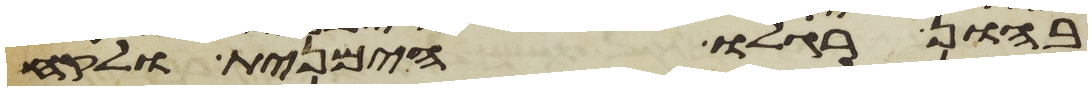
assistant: בהון רגלו הימנית ולקח